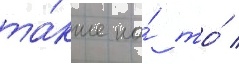
та́кже на́ то́ /